Bulletin of the Pasteur Institute of Southern India, Coonoor - No. 3.
Year: 1910
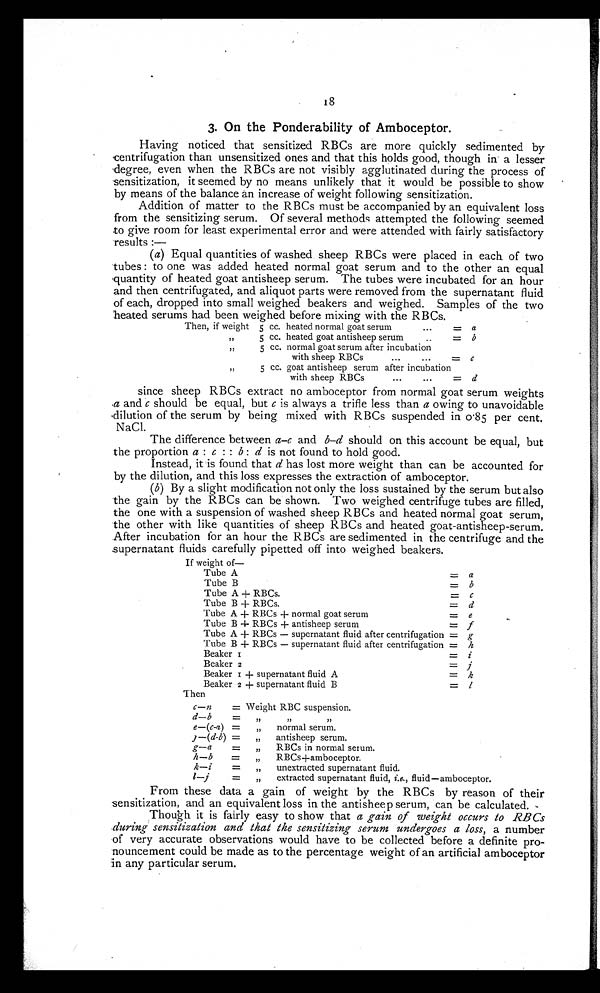
18
3. On the Ponderability of Amboceptor.
Having noticed that sensitized RBCs are more quickly sedimented by
centrifugation than unsensitized ones and that this holds good, though in a lesser
degree, even when the RBCs are not visibly agglutinated during the process of
sensitization, it seemed by no means unlikely that it would be possible to show
by means of the balance an increase of weight following sensitization.
Addition of matter to the RBCs must be accompanied by an equivalent loss
from the sensitizing serum. Of several methods attempted the following seemed
to give room for least experimental error and were attended with fairly satisfactory
results:—
(a) Equal quantities of washed sheep RBCs were placed in each of two
tubes : to one was added heated normal goat serum and to the other an equal
quantity of heated goat antisheep serum. The tubes were incubated for an hour
and then centrifugated, and aliquot parts were removed from the supernatant fluid
of each, dropped into small weighed beakers and weighed. Samples of the two
heated serums had been weighed before mixing with the RBCs.
Then, if weight 5 cc. heated normal goat serum
...
5 cc. heated goat antisheep serum..
=
=
a
b
,,
5 cc. normal goat serum after incubation
with sheep RBCs
...
...
= c
, ,
5 cc. goat antisheep serum after incubation
with sheep RBCs
...
...
= d
since sheep RBCs extract no amboceptor from normal goat serum weights
a and c should be equal, but c is always a trifle less than a owing to unavoidable
dilution of the serum by being mixed with RBCs suspended in 0·85 per cent.
NaCl.
The difference between a–c and b–d should on this account be equal, but
the proportion a : c:: b: d is not found to hold good.
Instead, it is found that d has lost more weight than can be accounted for
by the dilution, and this loss expresses the extraction of amboceptor.
(b) By a slight modification not only the loss sustained by the serum but also
the gain by the RBCs can be shown. Two weighed centrifuge tubes are filled,
the one with a suspension of washed sheep RBCs and heated normal goat serum,
the other with like quantities of sheep RBCs and heated goat-antisheep-serum.
After incubation for an hour the RBCs are sedimented in the centrifuge and the
supernatant fluids carefully pipetted off into weighed beakers.
If weight of—
Tube A
= a
Tube B
= b
Tube A + RBCs.
= c
Tube B + RBCs.
= d
Tube A + RBCs + normal goat serum
= e
Tube B + RBCs + antisheep serum
= f
Tube A + RBCs — supernatant fluid after centrifugation = g
Tube B + RBCs — supernatant fluid after centrifugation = h
Beaker
= I
Beaker 2
= i
Beaker 1 + supernatant fluid A
= k
Beaker 2 -I- supernatant fluid B
= 1
Then
c—n
d—b
= Weight RBC suspension.
=
„
,,
,,
e—(c-a) =
„
normal serum.
)—(d-b) = „ antisheep serum.
g—a
=
„
RBCs in normal serum.
h—b
= „
RBCs + amboceptor.
k—i
= ,, unextracted supernatant fluid.
/—j
= „ extracted supernatant fluid, i.e., fluid—amboceptor.
From these data a gain of weight by the RBCs by reason of their
sensitization, and an equivalent loss in the antisheep serum, can be calculated.
Thoukh it is fairly easy to show that a gain of weight occurs to RBCs
during sensitization and that the sensitizing serum undergoes a loss, a number
of very accurate observations would have to be collected before a definite pro-
nouncement could be made as to the percentage weight of an artificial amboceptor
in any particular serum.